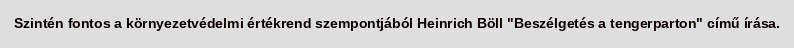
Szintén fontos a környezetvédelmi értékrend szempontjából Heinrich Böll "Beszélgetés a tengerparton" című írása.